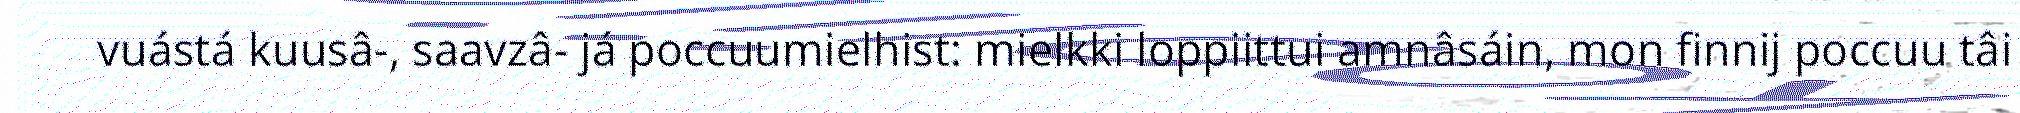
vuástá kuusâ-, saavzâ- já poccuumielhist: mielkki loppiittui amnâsáin, mon finnij poccuu tâi